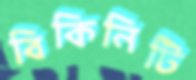
বিকিনিটি